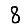
Digit: 8